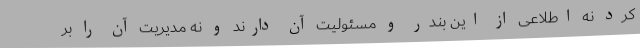
کرد نه اطلاعی از این بندر و مسئولیت آن دارند و نه مدیریت آن را بر